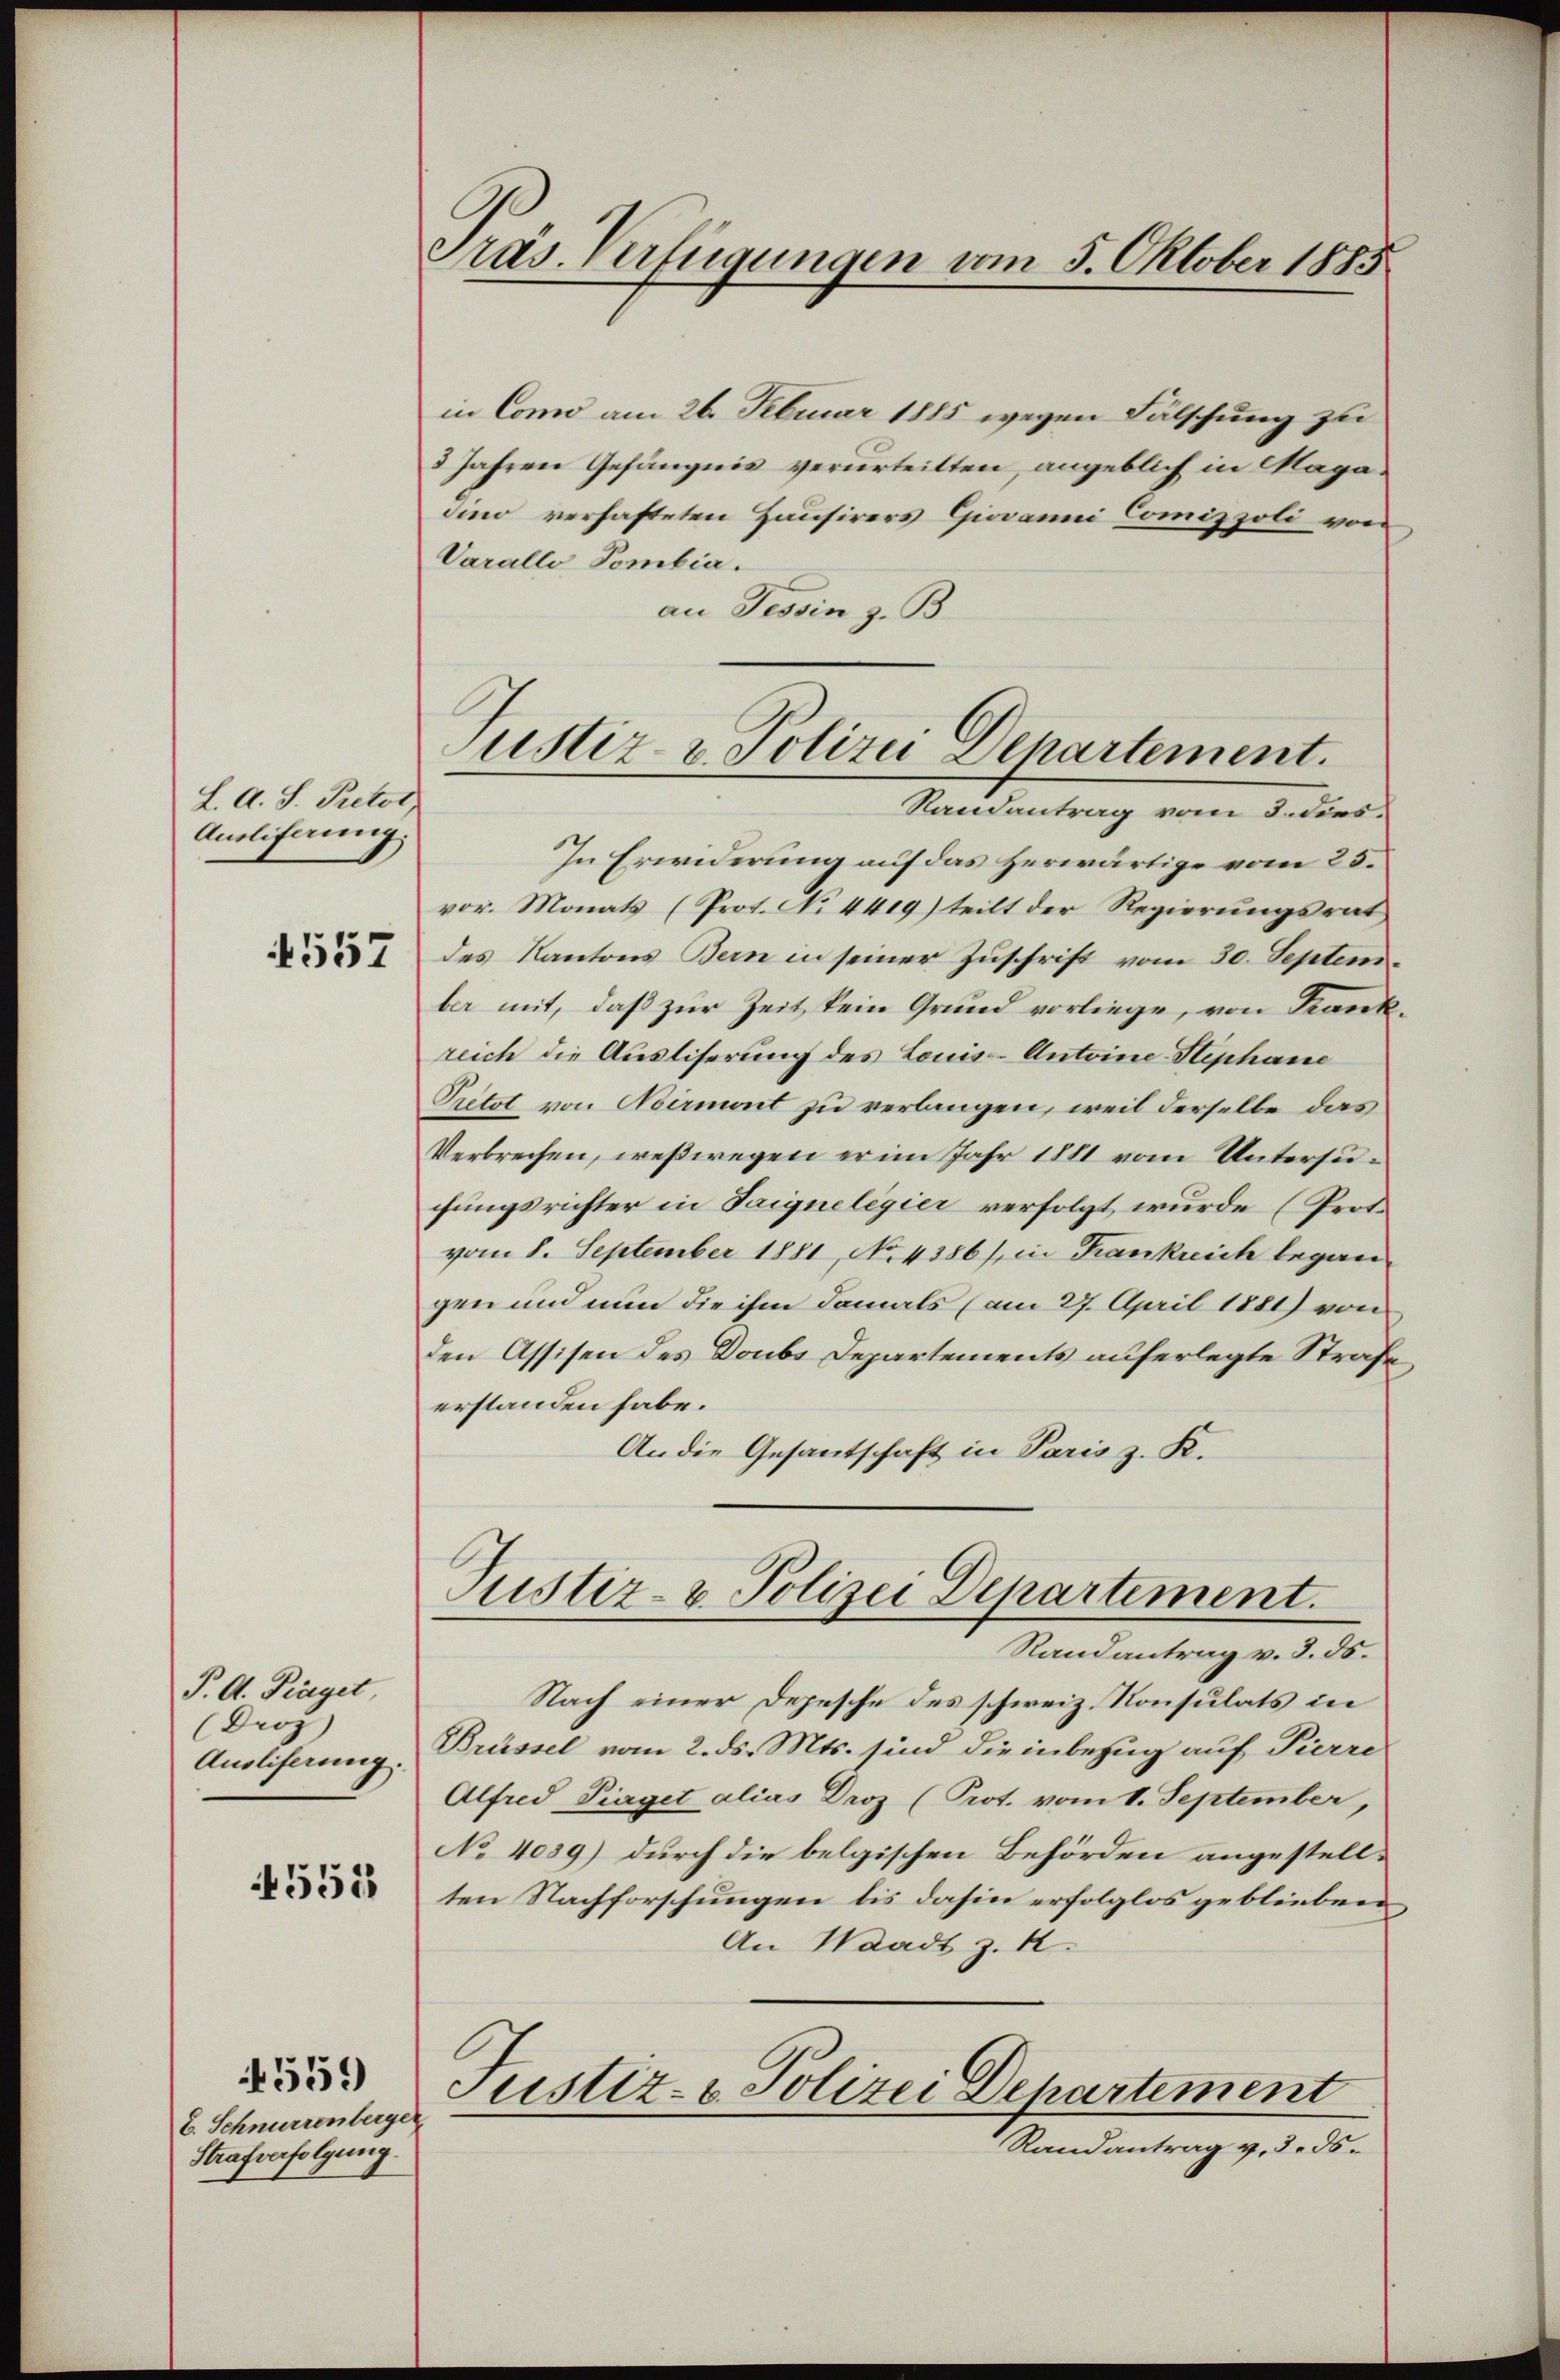
L. A. S. Petot
Ausliferung.
557

P. A. Finget,
Drog |
Ausliferung.

4551

E. Schnurrenberge
Strafverfolgung.

559

Präs. Verfügungen vom 5. Oktober 1885

in Como am 26. Februar 1885 wegen Fälschung zu
3 Jahren Gefängnis verurteilten, angeblich in Magadino verhafteten Hausirers Giovanni Comippoli von
Varalle Pombia.
an Tessin z. B.
In Erwiderung auf das herwärtige vom 25.
vor. Monats (Prot. No 4419) teilt der Regierungsrat
des Kantons Bern in seiner Zuschrift vom 30. September mit, daß zur Zeit kein Grund vorliege, von Krank
reich die Ausliserung des Louis-Antoine Stephane
Pretot von Nirmont zu verlangen, weil derselbe das
Verbrechen, weßwegen er im Jahr 1881 vom Untersuchungsrichter in Saignelegier verfolgt wurde (Prof.
vom 8. September 1881, No 4386/ in Frankreich begangen und nun die ihm damals (am 27. April 1881) von
den Assisen des Doubs Departements auferlegte Strafe
erstanden habe.
An die Gesantschaft in Paris z. K.
Justiz- & Polizei Departement.
Randantrag v. 3. 55.
Nach einer Depesche des schweiz. Konsulats in
Brüssel vom 2. ds. Mts. sind die inbezug auf Pierre
Alfred Piaget alias Droz (Prot. vom 1. September,
No 4039) durch die belgischen Behörden angestell-
ten Nachforschungen bis dahin erfolglos geblieben
An Waadt z. B.
Justiz- & Polizei Departement
Randantrag v. 3. ds.

Justiz- & Polizei Departement.
Randantrag vom 3. dies